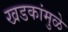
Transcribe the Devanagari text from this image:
खडकांमुळे